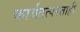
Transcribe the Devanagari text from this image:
कार्यतत्परताही